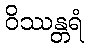
ဝိဿန္တရံ